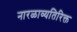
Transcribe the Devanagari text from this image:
नारळाव्यतिरिक्त